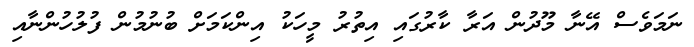
ނަމަވެސް އޭނާ މޫދުން އަރާ ކާރުގައި އިތުރު މީހަކު އިންކަމަށް ބުނުމުން ފުލުހުންނާއި